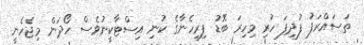
ތަސައްރަފު ފުދިފަ ހުރި މިހިރަ ބޮޑު ފިރިހެނާގެ ކުނި އިސްޓާކީނުވެސް ހޯދަން މިޖެހެނީ